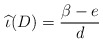
\begin{align*} \widehat{\iota}(D) = \frac{\beta-e}{d} \end{align*}